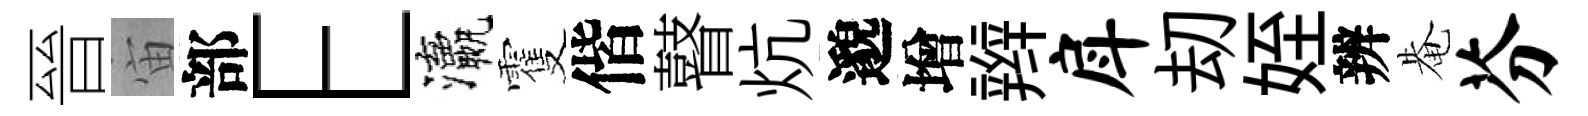
晉宙部E瀛䨥偕瞽炕邈增辫戽刧姪辨𤲅芬